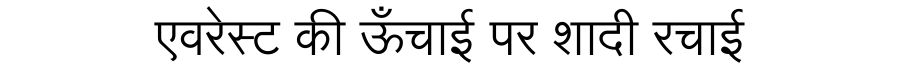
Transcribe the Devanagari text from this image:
एवरेस्ट की ऊँचाई पर शादी रचाई